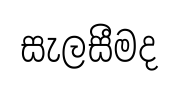
සැලසීමද